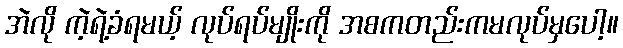
အဲလို ကဲ့ရဲ့ခံရမယ့် လုပ်ရပ်မျိုးကို အစကတည်းကမလုပ်မှပေါ့။